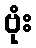
ဗုံး